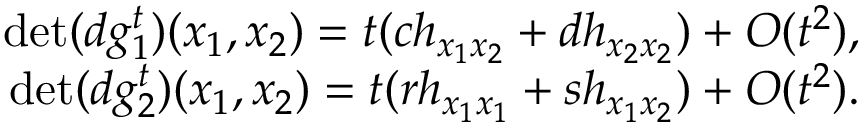
\begin{array} { r } { \operatorname* { d e t } ( d g _ { 1 } ^ { t } ) { ( x _ { 1 } , x _ { 2 } ) } = t ( c h _ { x _ { 1 } x _ { 2 } } + d h _ { x _ { 2 } x _ { 2 } } ) + O ( t ^ { 2 } ) , } \\ { \operatorname* { d e t } ( d g _ { 2 } ^ { t } ) { ( x _ { 1 } , x _ { 2 } ) } = t ( r h _ { x _ { 1 } x _ { 1 } } + s h _ { x _ { 1 } x _ { 2 } } ) + O ( t ^ { 2 } ) . } \end{array}